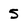
Character: 5